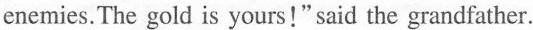
enemies. The gold is yours!" said the grandfather.